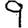
Digit: 9